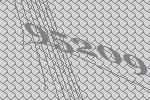
95209